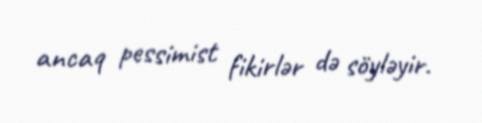
ancaq pessimist fikirlər də söyləyir.